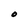
Character: O